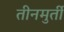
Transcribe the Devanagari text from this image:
तीनमुर्ती